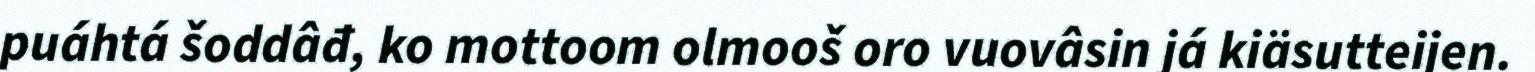
puáhtá šoddâđ, ko mottoom olmooš oro vuovâsin já kiäsutteijen.